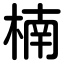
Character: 楠